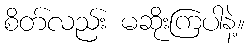
စိတ်လည်း မဆိုးကြပါနဲ့။